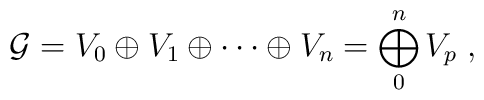
{\mathcal G}=V_{0} \oplus V_{1} \oplus  \cdots \oplus V_{n}=\bigoplus_0^n V_p \; ,